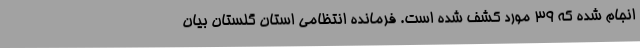
انجام شده که 39 مورد کشف شده است. فرمانده انتظامی استان گلستان بیان